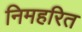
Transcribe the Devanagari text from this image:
निमहरित